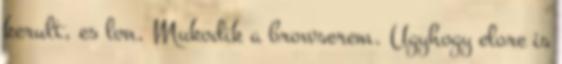
kerult, es lon. Mukodik a browserem. Ugyhogy elore is